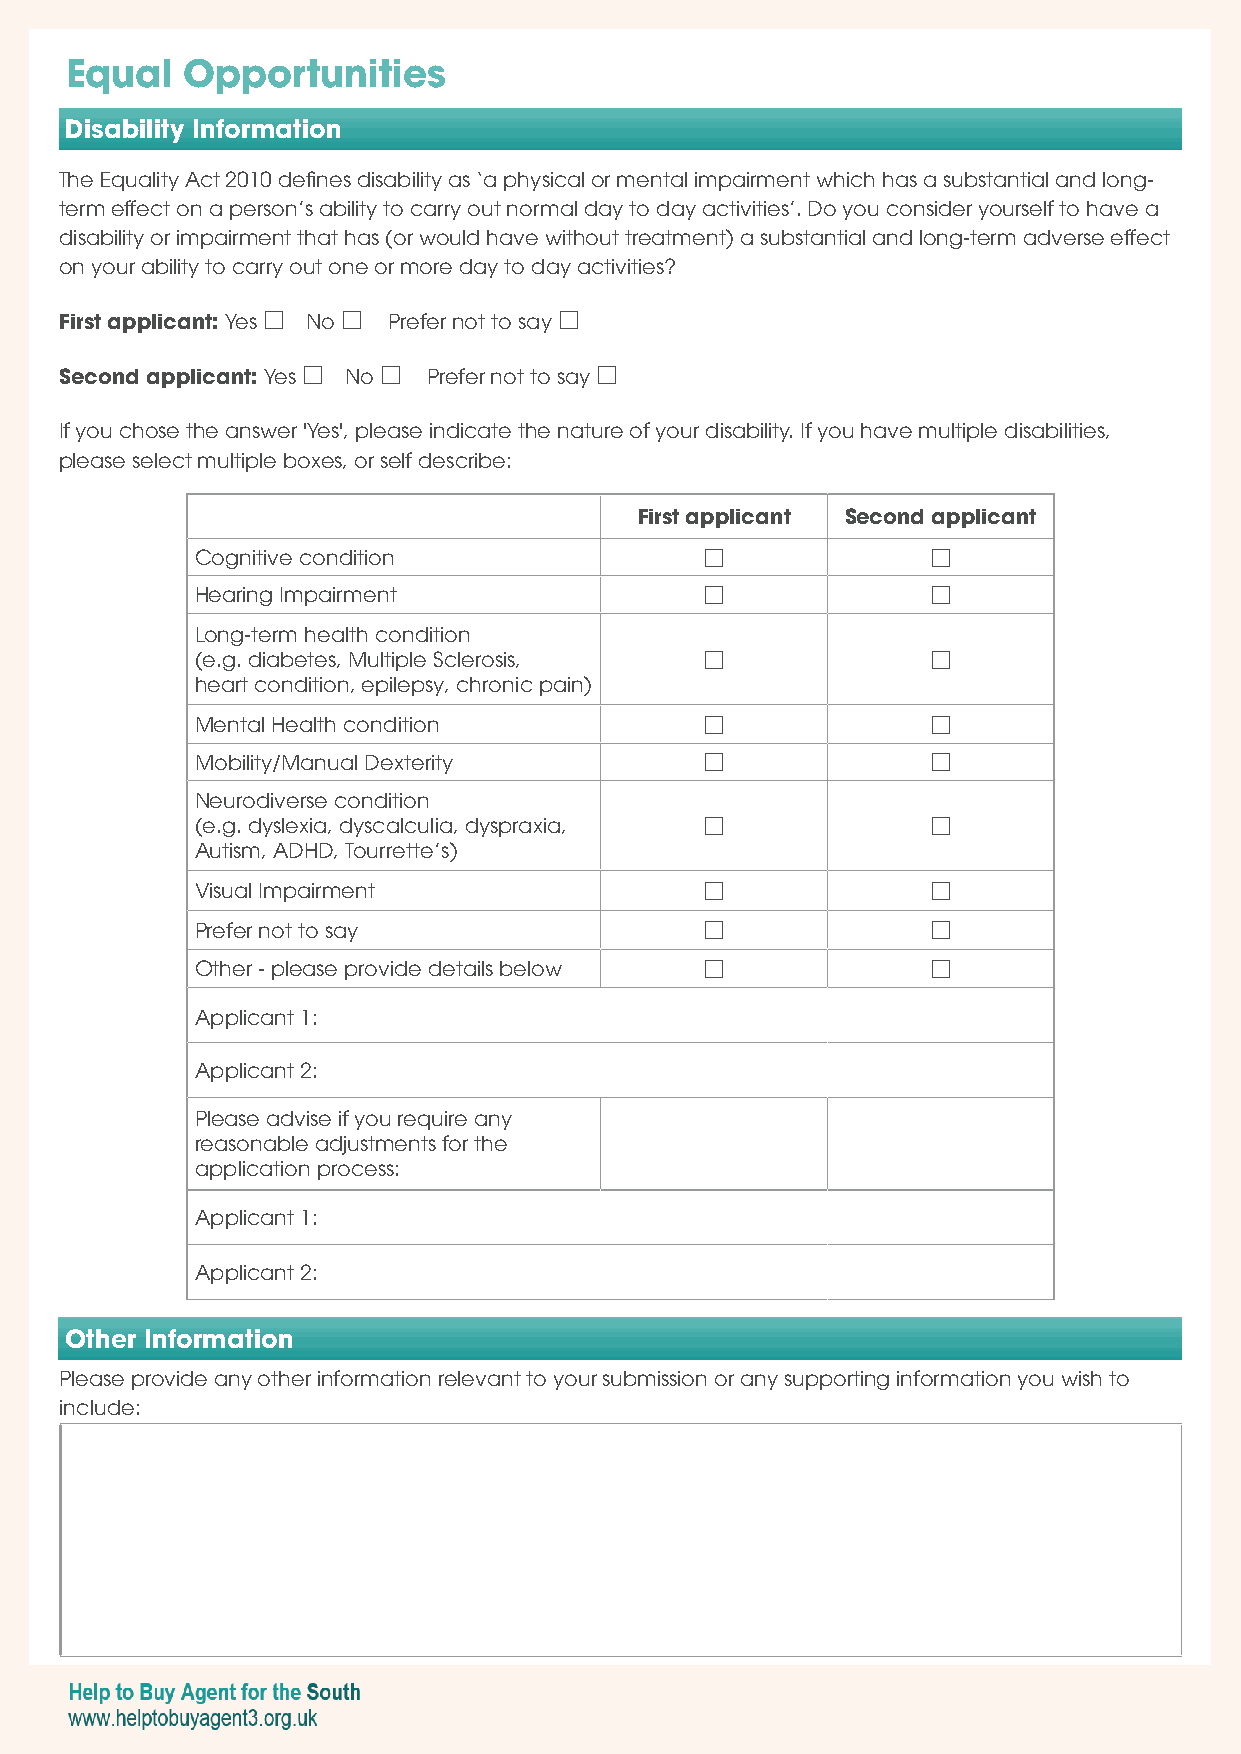
Equal   Opportunities
 Disability Information
 The Equality Act 2010 defines disability as ‘a physical or mental impairment which has a substantial and long-
 term effect on a person’s ability to carry out normal day to day activities’. Do you consider yourself to have a
 disability or impairment that has (or would have without treatment) a substantial and long-term adverse effect
 on your ability to carry out one or more day to day activities?
 First applicant: Yes  No  Prefer not to say 
 Second applicant: Yes  No  Prefer not to say 
 If you chose the answer 'Yes', please indicate the nature of your disability. If you have multiple disabilities,
 please select multiple boxes, or self describe:
 First applicant Second applicant
 Cognitive condition                             
 Hearing Impairment                              
 Long-term health condition
 (e.g. diabetes, Multiple Sclerosis,             
 heart condition, epilepsy, chronic pain)
 Mental Health condition                         
 Mobility/Manual Dexterity                       
 Neurodiverse condition
 (e.g. dyslexia, dyscalculia, dyspraxia,         
 Autism, ADHD, Tourrette’s)
 Visual Impairment                               
 Prefer not to say                               
 Other - please provide details below            
 Applicant 1:
 Applicant 2:
 Please advise if you require any
 reasonable adjustments for the
 application process:
 Applicant 1:
 Applicant 2:
 Other Information
 Please provide any other information relevant to your submission or any supporting information you wish to
 include: